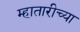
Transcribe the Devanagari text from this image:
म्हातारीच्या